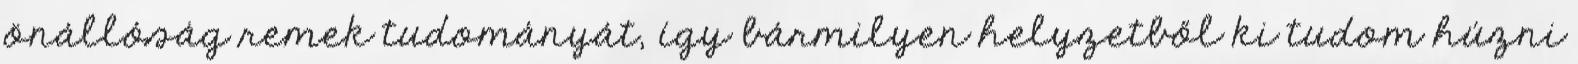
önállóság remek tudományát, így bármilyen helyzetből ki tudom húzni